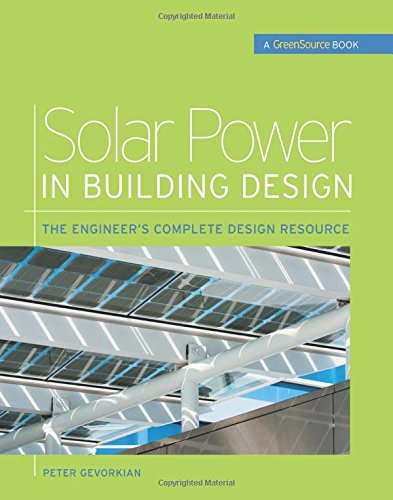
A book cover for Solar Power in Building Design (GreenSource): The Engineer's Complete Project Resource (GreenSource Books); Peter Gevorkian; Crafts, Hobbies & Home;